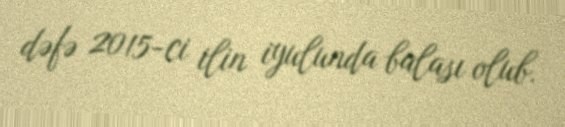
dəfə 2015-ci ilin iyulunda balası olub.